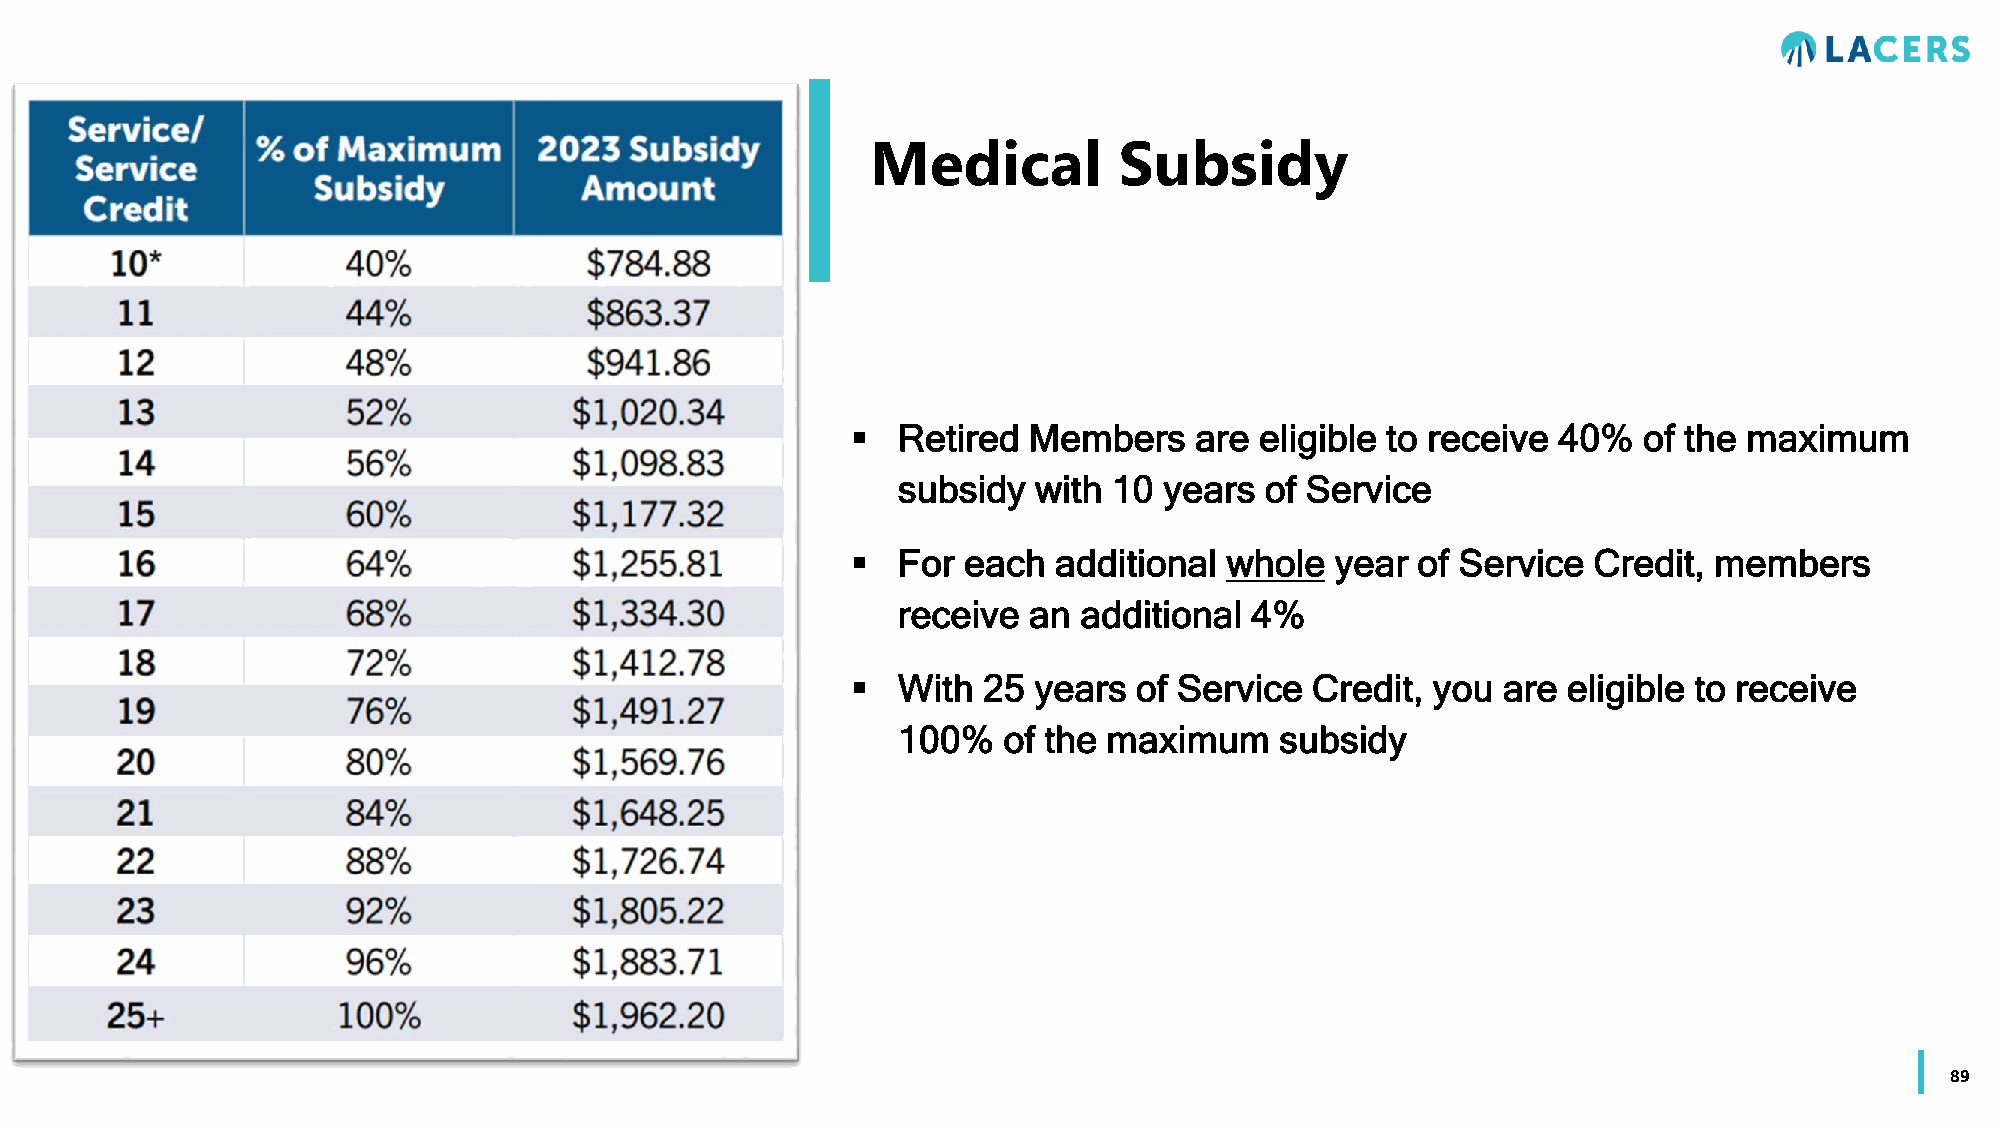
Medical         Subsidy
   Retired  Members    are eligible to receive 40%   of the maximum
 subsidy  with  10 years  of Service
   For  each  additional whole  year  of Service Credit, members
 receive  an additional  4%
   With  25 years  of Service  Credit, you are  eligible to receive
 100%   of the maximum     subsidy
 89